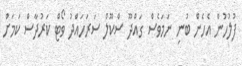
ފުލުހުން އެހެން ބުނި ނަމަވެސް ގައްދޫ ސްކޫލް ސަރަހައްދު ވޯޓް ކަރުދާސް ކަމަށް